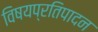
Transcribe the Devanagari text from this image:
विषयप्रतिपादन